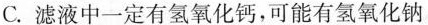
C.滤液中一定有氢氧化钙，可能有氢氧化钠